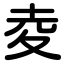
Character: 夌